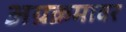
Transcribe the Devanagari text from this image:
अग्रक्रमावर